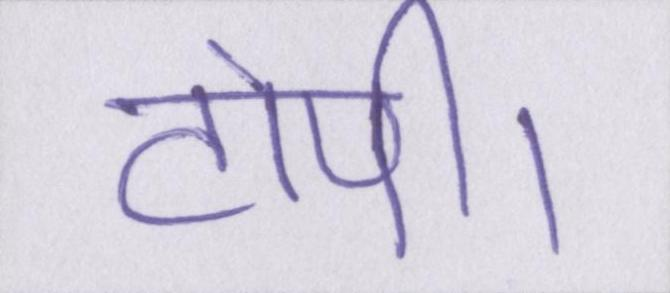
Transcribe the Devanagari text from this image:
टोपी।